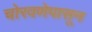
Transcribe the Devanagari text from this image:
चोरवणेपासून